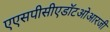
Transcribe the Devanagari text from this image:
एएसपीसीएडॉटओआरजी